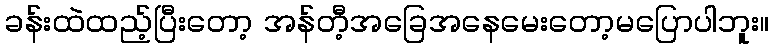
ခန်းထဲထည့်ပြီးတော့ အန်တီ့အခြေအနေမေးတော့မပြောပါဘူး။